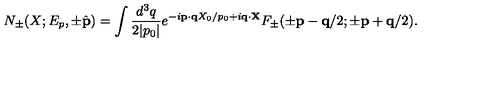
N _ { \pm } ( X ; E _ { p } , \pm \hat { \bf p } ) = \int \frac { d ^ { 3 } q } { 2 | p _ { 0 } | } e ^ { - i { \bf p } \cdot { \bf q } X _ { 0 } / p _ { 0 } + i { \bf q } \cdot { \bf X } } F _ { \pm } ( \pm { \bf p } - { \bf q } / 2 ; \pm { \bf p } + { \bf q } / 2 ) .